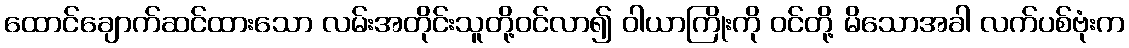
ထောင်ချောက်ဆင်ထားသော လမ်းအတိုင်းသူတို့ဝင်လာ၍ ဝါယာကြိုးကို ဝင်တို့ မိသောအခါ လက်ပစ်ဗုံးက